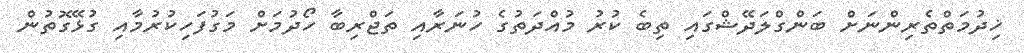
ޚިދުމަތްތެރިންނަށް ބަންގްލަދޭޝްގައި ތިބެ ކުރު މުއްދަތުގެ ހުނަރާއި ތަޖްރިބާ ހޯދުމަށް މަގުފަހިކުރުމާއި ގުޅޭގޮތުން